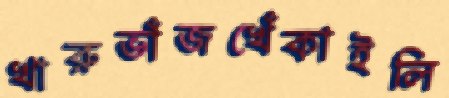
খারুভাঁজখেঁকাইলি